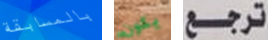
بالمسابقة يكون ترجع